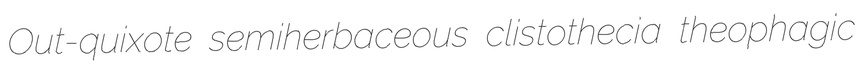
Out-quixote semiherbaceous clistothecia theophagic